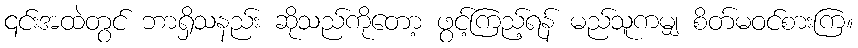
၎င်းအထဲတွင် ဘာရှိသနည်း ဆိုသည်ကိုတော့ ဖွင့်ကြည့်ရန် မည်သူကမျှ စိတ်မဝင်စားကြ။